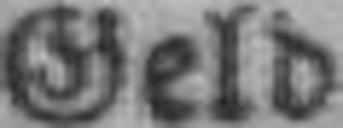
Geld